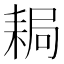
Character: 䎤